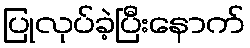
ပြုလုပ်ခဲ့ပြီးနောက်